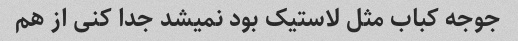
جوجه کباب مثل لاستیک بود نمیشد جدا کنی از هم